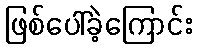
ဖြစ်ပေါ်ခဲ့ကြောင်း